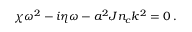
\chi \omega ^ { 2 } - i \eta \omega - a ^ { 2 } J n _ { c } k ^ { 2 } = 0 \, .